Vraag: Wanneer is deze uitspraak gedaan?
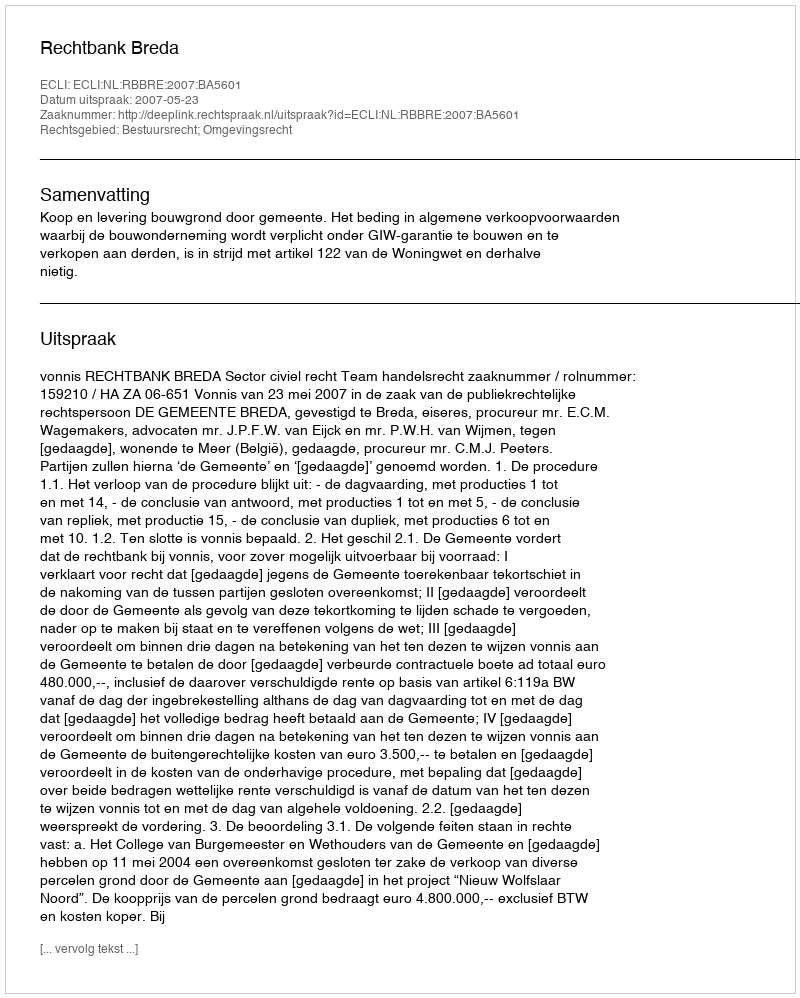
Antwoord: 2007-05-23